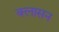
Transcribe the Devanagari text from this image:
क्लासन